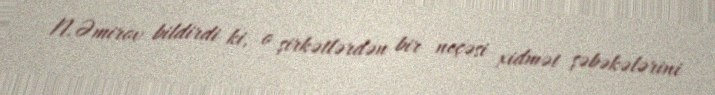
N.Əmirov bildirdi ki, o şirkətlərdən bir neçəsi xidmət şəbəkələrini